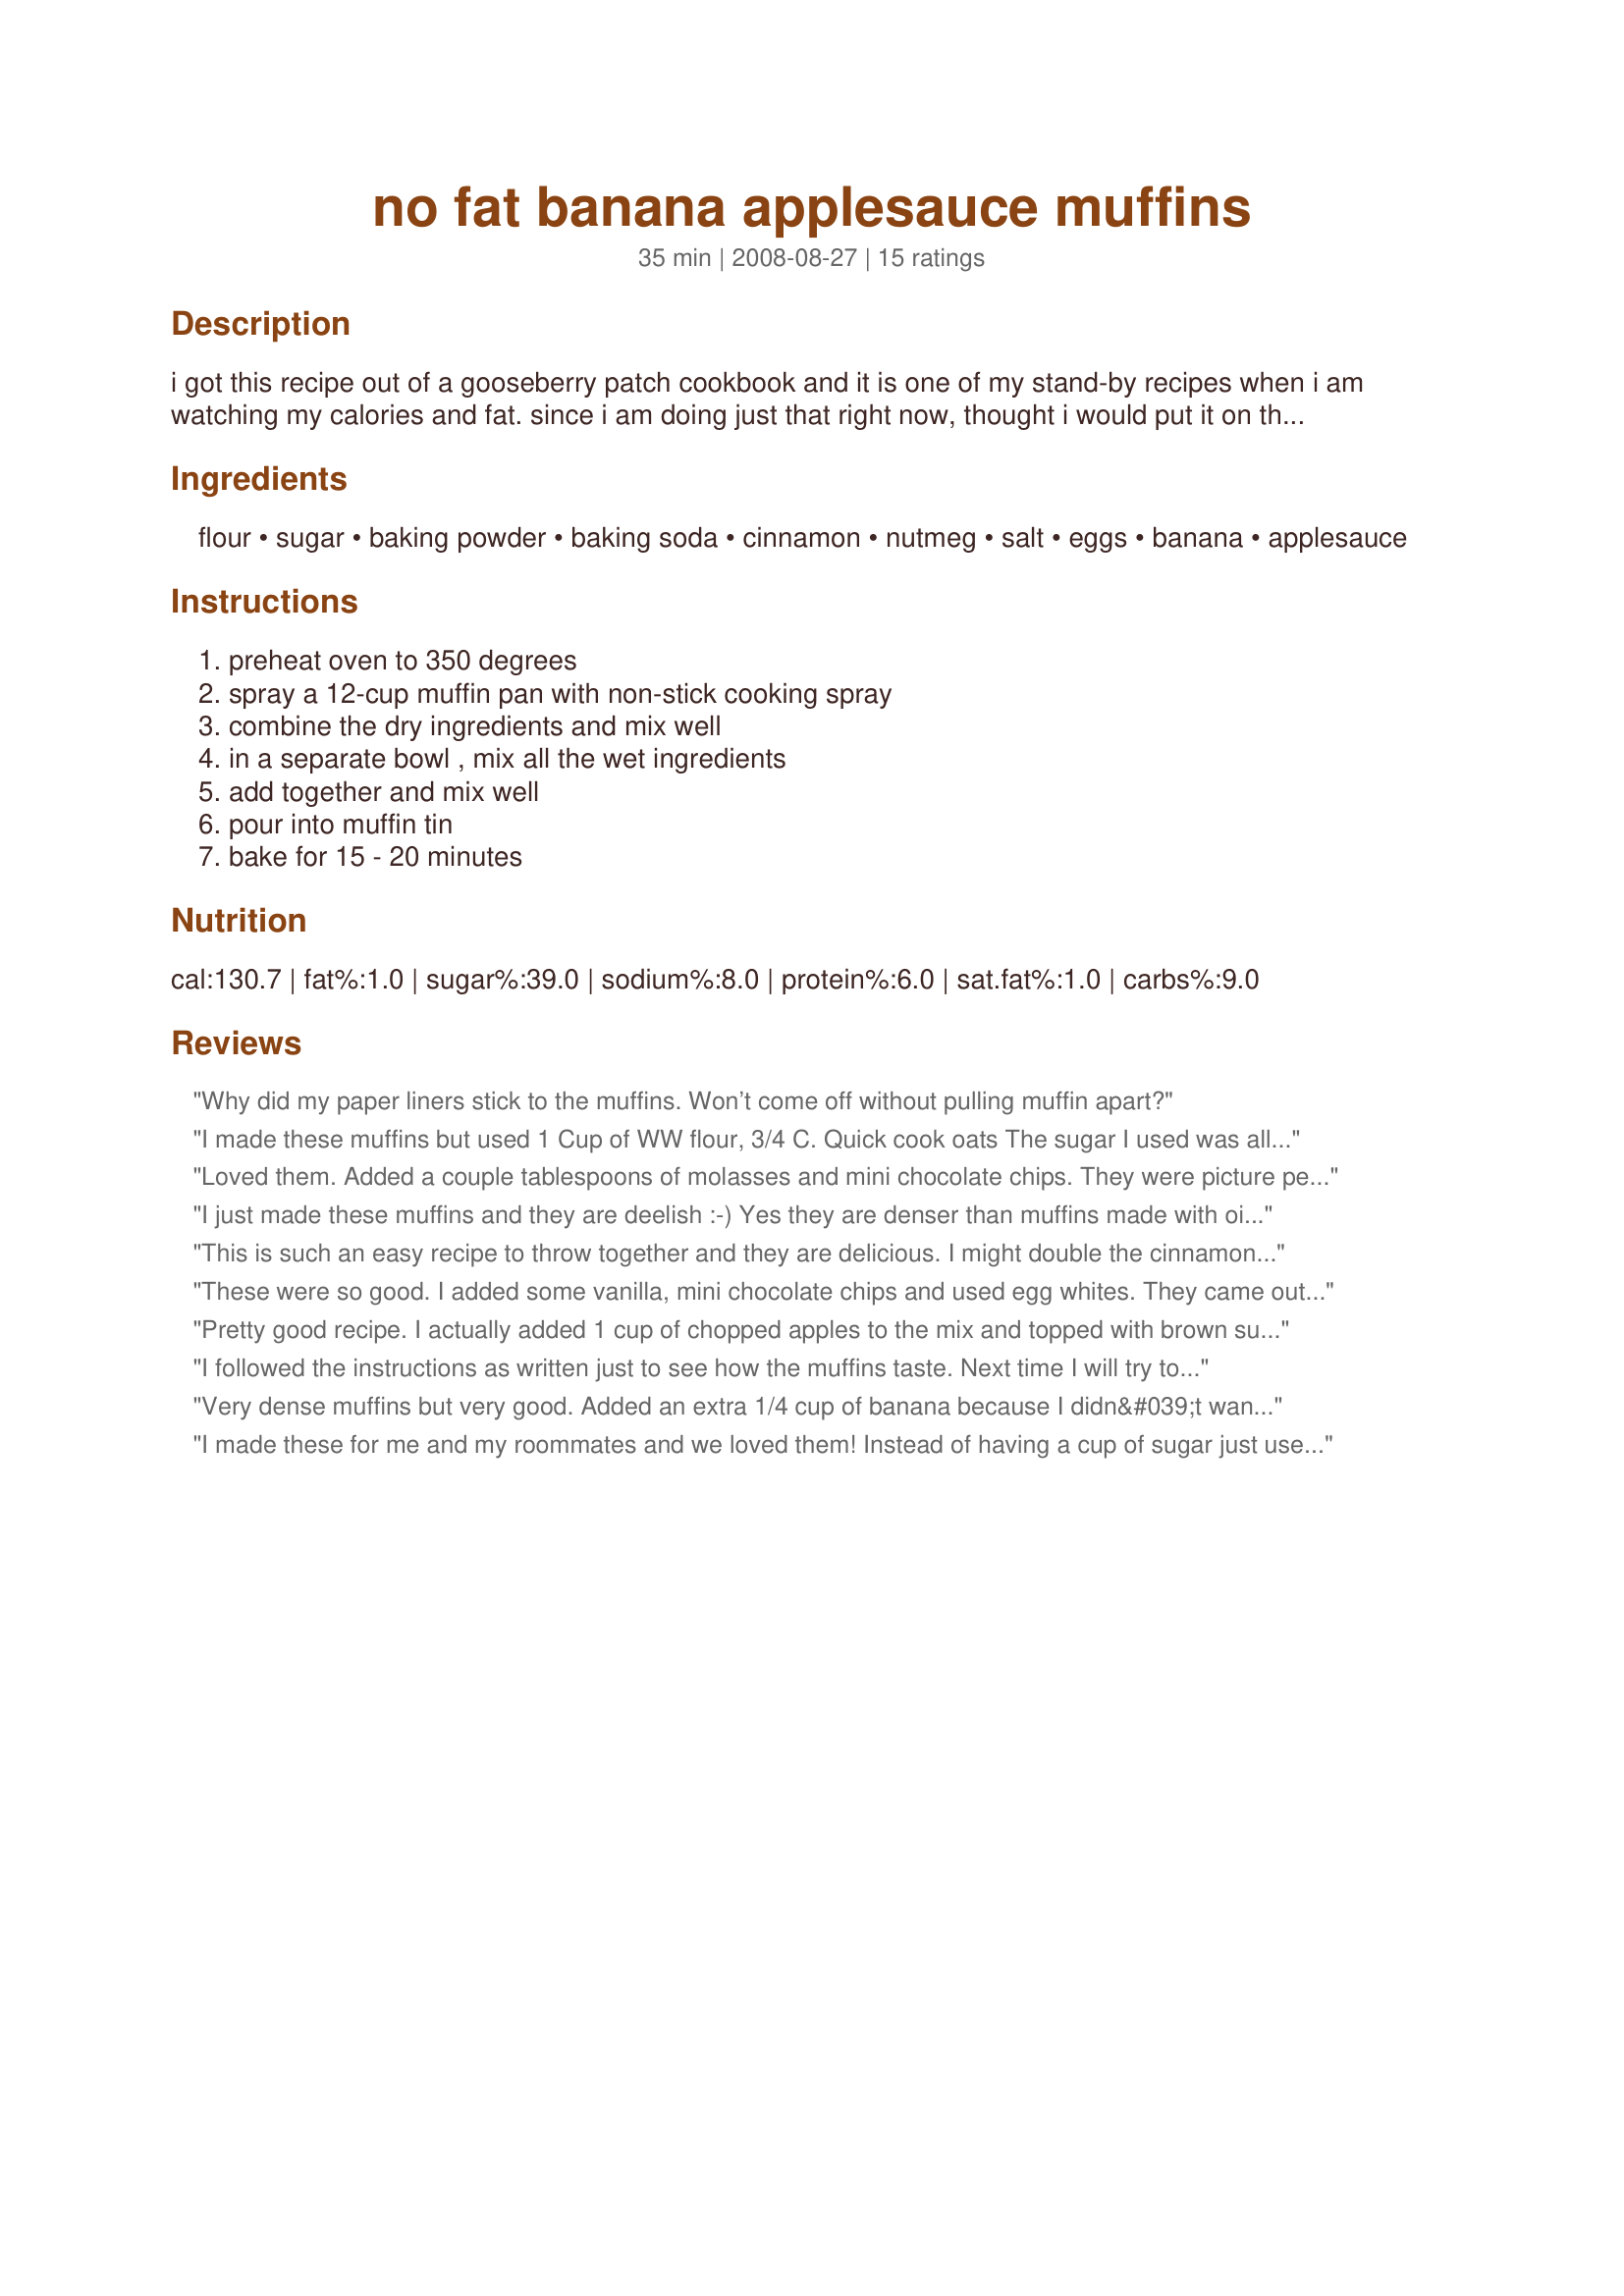
no fat banana applesauce muffins
Preparation time: 35 minutes

i got this recipe out of a gooseberry patch cookbook and it is one of my stand-by recipes when i am watching my calories and fat. since i am doing just that right now, thought i would put it on the zaar for easy access and hopefully someone else likes this recipe as good as i do. (i prefer to sub 3/4 of the white flour for whole wheat and use brown sugar instead of granulated sugar. i think fresh nutmeg is the key in this!)

Ingredients:
flour, sugar, baking powder, baking soda, cinnamon, nutmeg, salt, eggs, banana, applesauce

Steps:
preheat oven to 350 degrees, spray a 12-cup muffin pan with non-stick cooking spray, combine the dry ingredients and mix well, in a separate bowl , mix all the wet ingredients, add together and mix well, pour into muffin tin, bake for 15 - 20 minutes

Reviews:
Why did my paper liners stick to the muffins. Won’t come off without pulling muffin apart?
I made these muffins but used
1 Cup of WW flour,
3/4 C. Quick cook oats
The sugar I used was all Brown Sugar
added 1/2 C. Choco chips
added 1tsp of Vanilla.

And they turned out DELICIOUS!!
They took an additional 4 mins in the oven so my total bake time was 19 mins.

I just ate 3, and don&#039;t feel guilty at all!
Loved them. Added a couple tablespoons of molasses and mini chocolate chips. They were picture perfect.
I just made these muffins and they are deelish :-) Yes they are denser than muffins made with oil, but I personally like a dense muffin. I added some chopped pecans, but that was the only adaptation. I highly recommend this recipe!
This is such an easy recipe to throw together and they are delicious. I might double the cinnamon and nutmeg next time which means I'll definitely be making them again. Healthy too
These were so good. I added some vanilla, mini chocolate chips and used egg whites. They came out so moist and fluffy. It also added a crumble mixture of 1/4 cup of Brown sugar, 2 tbsp flour and 1 tbsp of butter to the top of the muffins before baking. Delicious!!
Pretty good recipe. I actually added 1 cup of chopped apples to the mix and topped with brown sugar Splenda and cinnamon mix prior to baking and my family loved them. Just make sure that even if you use cupcake liners, to spray.....
I followed the instructions as written just to see how the muffins taste. Next time I will try to add some diced apples.
Very dense muffins but very good. Added an extra 1/4 cup of banana because I didn&#039;t want to waste it, and used 1/2 cup white and 1/2 cup light brown sugar, also added a little vanilla. Definitely grade even papers for the muffins, on mine half stick to the paper.
I made these for me and my roommates and we loved them! Instead of having a cup of sugar just use a cup of unsweetened applesauce and added fresh blueberries and raspberries. Also I used only one cup of gluten free flour mix and 3/4 cup oats to add a different texture! I hope you enjoy
We substituted 100% whole grain rye flour and used brown sugar. Was amazing. Even the kids liked it.
Loved the muffins. I too would double the cinnamon and nutmeg.
My husband, 17 year old daughter, 14 year old son and 18 month old son raved about them.
I made this recipe and the muffins turned out super moist and delicious! You can't even tell that there's no butter or oil in it. I also tried substituting pumpkin puree instead of bananas and it still turned out super moist. This is an excellent &quot;base&quot; recipe. I plan on using sweet potatoes next in place of the bananas. Thank you for sharing such a wonderful recipe!
Mine don&#039;t look as pretty as the ones in the picture, I think I over mixed them. But they taste great, nice and moist, full of flavor! I added chopped walnuts as well and I will definitely be using this recipe again!
